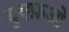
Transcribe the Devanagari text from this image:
युएफ़ओ